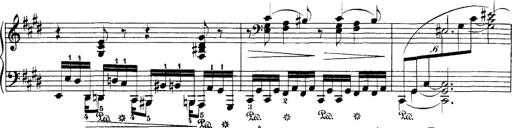
Title: Hungarian Rhapsody No.1
Composer: Franz Liszt
Key: C-sharp minor